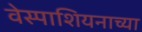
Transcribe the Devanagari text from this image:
वेस्पाशियनाच्या